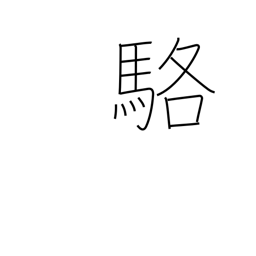
Meaning: white horse